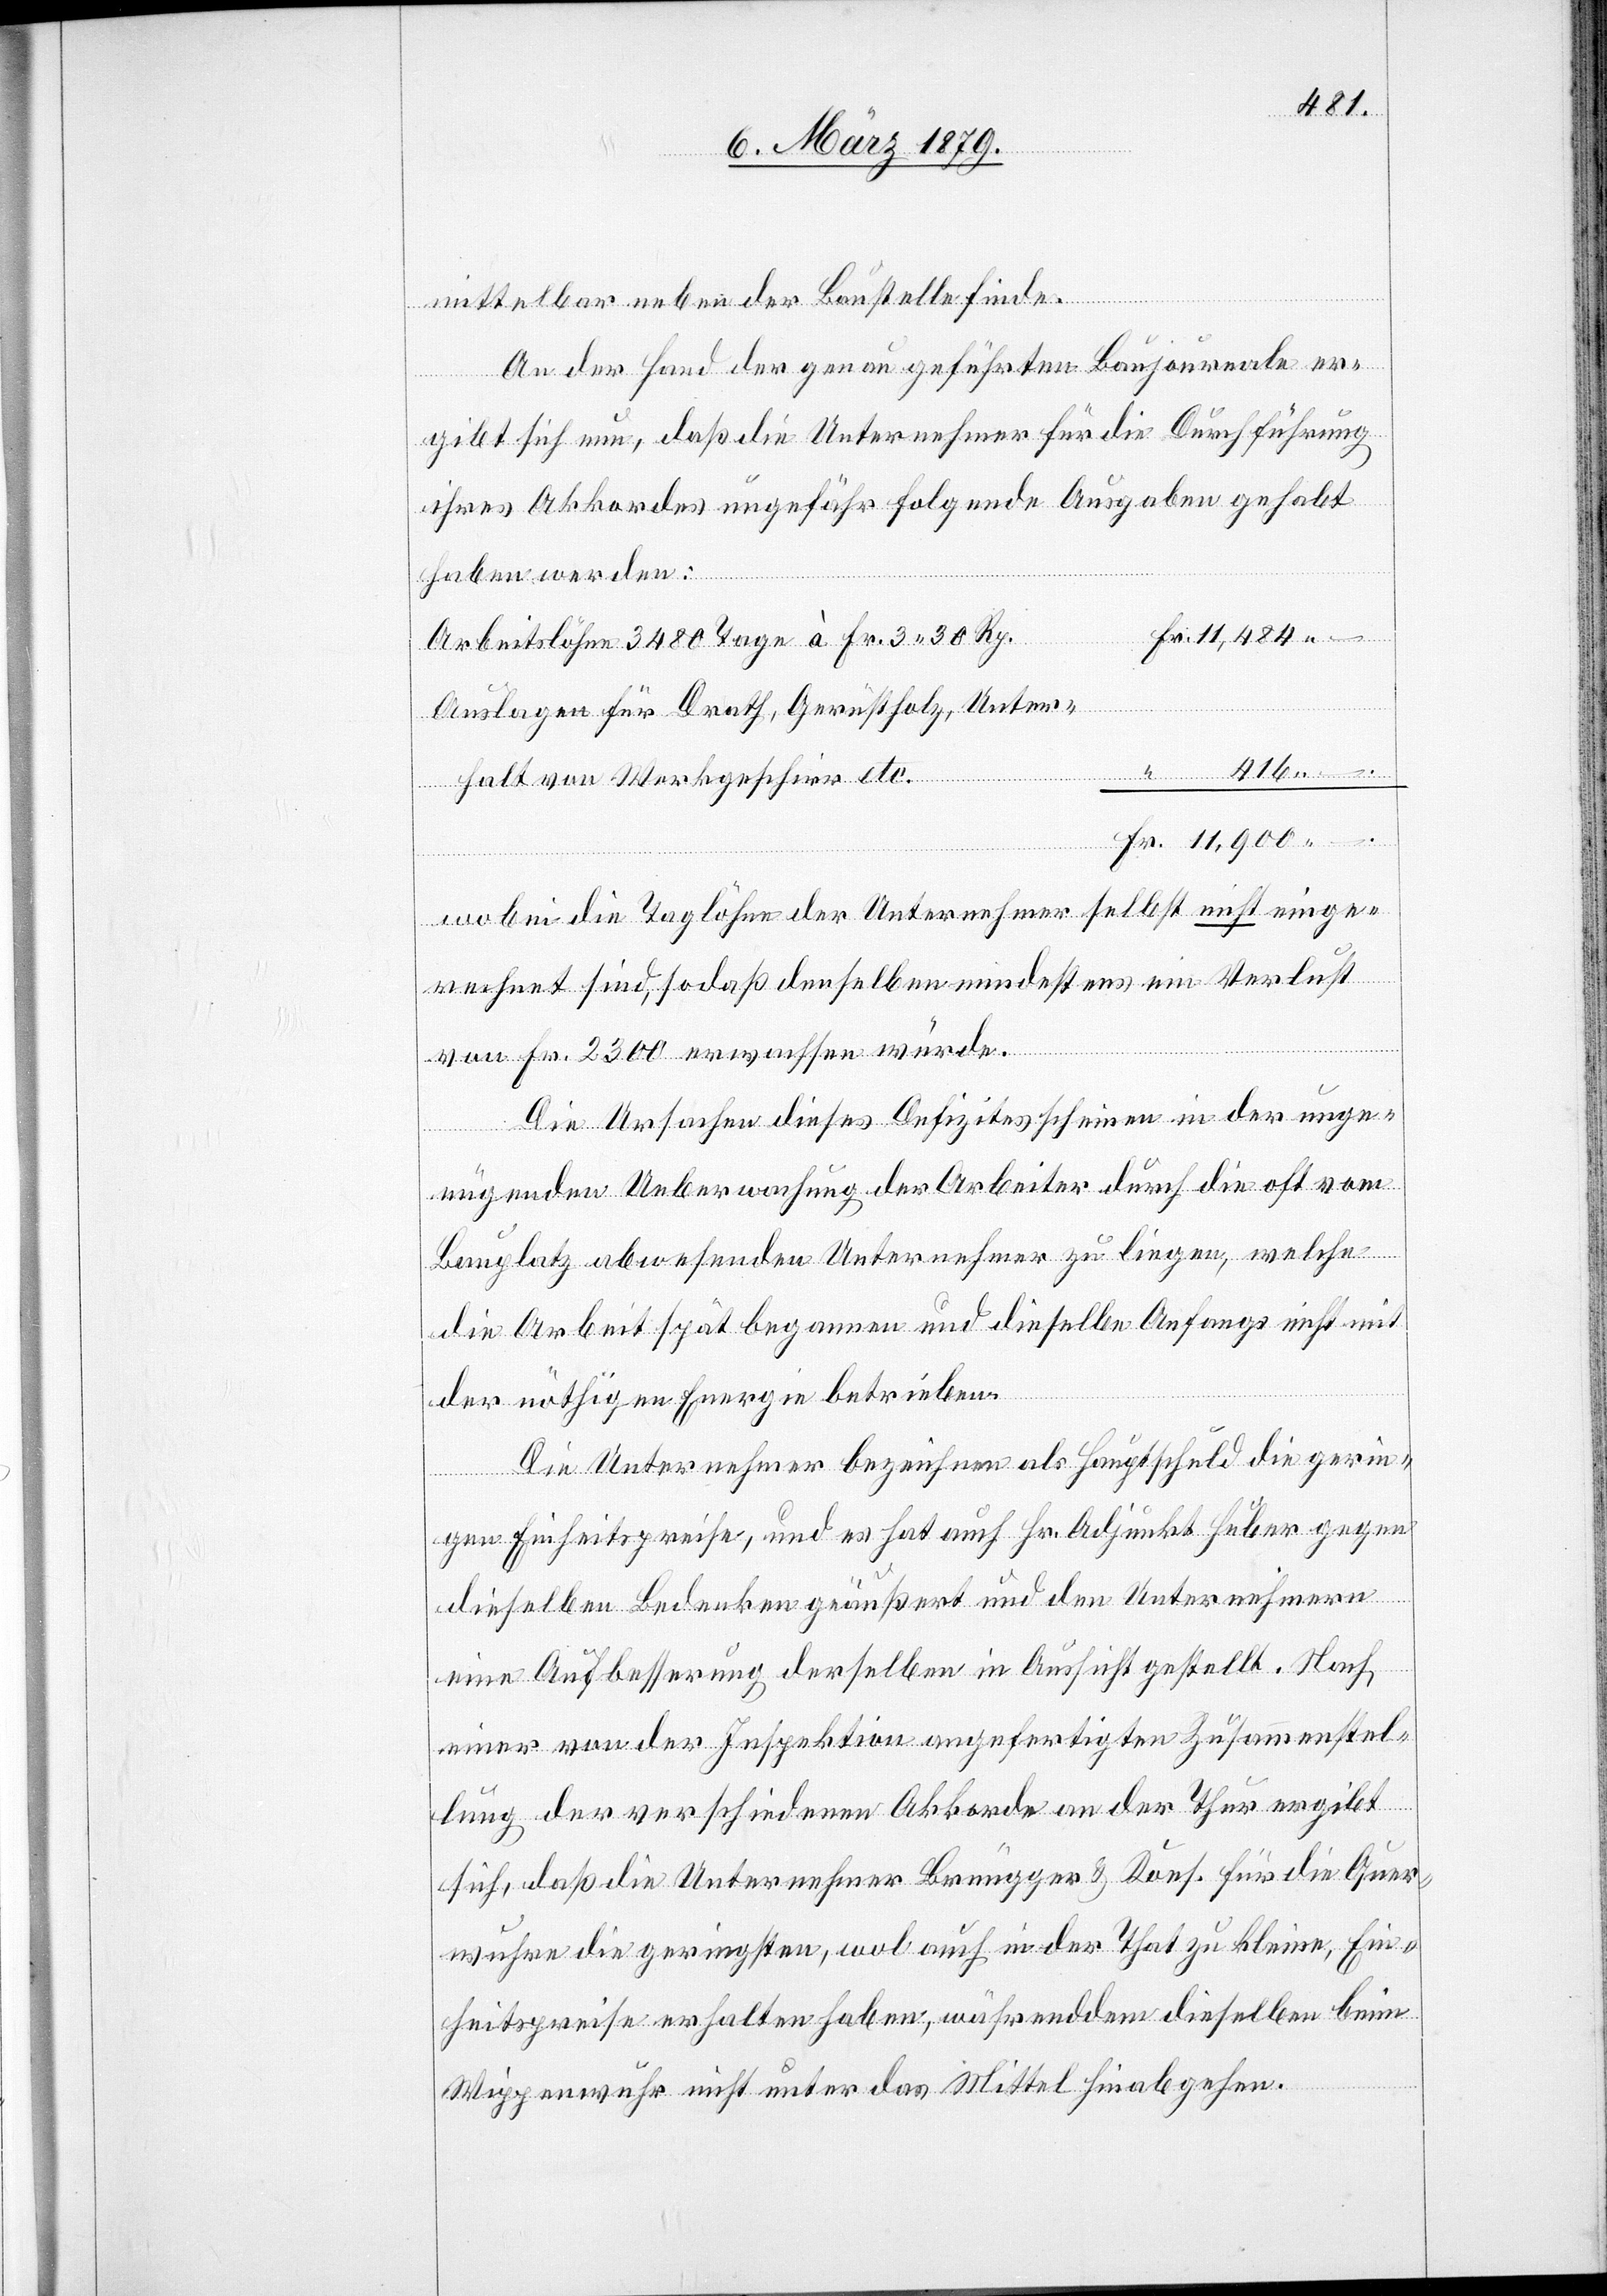
mittelbar an der Baustelle finde.
An der Hand der genau geführten Baujournale er¬
gibt sich nun, daß die Unternehmer für die Durchführung
ihres Akkordes ungefähr folgende Ausgaben gehabt
haben werden:
Fr.
Arbeitslöhne 3480 Tage à Fr. 3 30 Rp.
Auslagen für Drath, Gerüstholz, Unter¬
416.–
halt von Werkgeschirr etc.
wobei die Taglöhne der Unternehmer selbst nicht einge¬
rechnet sind, sodaß denselben mindestens ein Verlust
“
von Fr. 2300 erwachsen würde.
Die Ursachen dieses Defizites scheinen in der unge¬
nügenden Ueberwachung der Arbeiter durch die oft vom
Bauplatz abwesenden Unternehmer zu liegen, welche
die Arbeit spät begannen und dieselbe Anfangs nicht mit
der nöthigen Energie betrieben.
Die Unternehmer bezeichnen als Hauptschuld die gerin¬
gen Einheitspreise, und es hat auch Hr. Adjunkt Huber gegen
dieselben Bedenken geäußert und den Unternehmern
eine Aufbesserung derselben in Aussicht gestellt. Nach
einer von der Inspektion angefertigten Zusammenstel¬
lung der verschiedenen Akkorde an der Thur ergibt
sich, daß die Unternehmer Brüngger & Kons. für die Quer¬
wuhre die geringsten, wol auch in der That zu kleine, Ein¬
heitspreise erhalten haben, währenddem dieselben beim
Wippenwuhr nicht unter das Mittel hinabgehen.